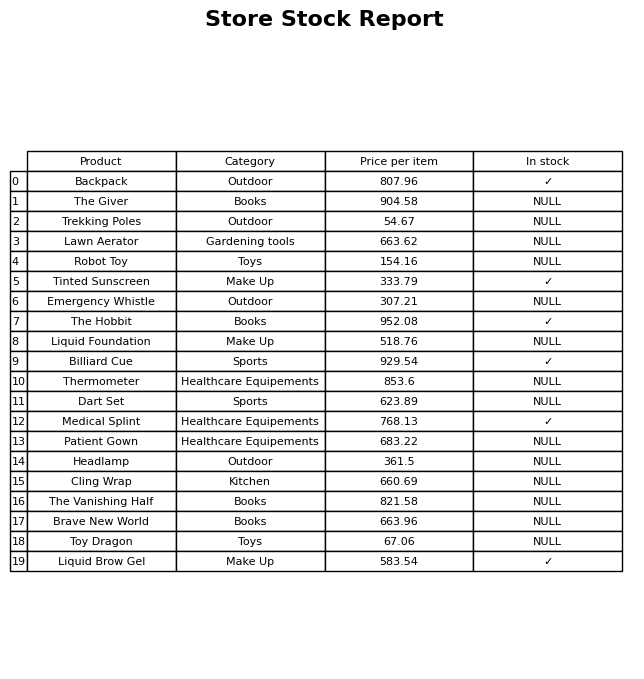
question: Is the Emergency Whistle in stock?
answer: NULL